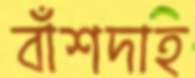
বাঁশদাহ